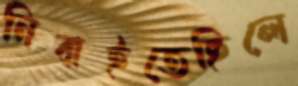
নিবাইতেছিলে